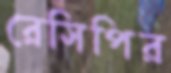
রেসিপির